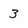
Character: 3